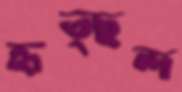
হৃত্ছন্দ